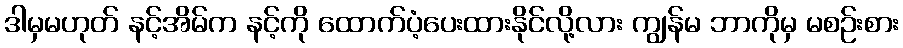
ဒါမှမဟုတ် နင့်အိမ်က နင့်ကို ထောက်ပံ့ပေးထားနိုင်လို့လား ကျွန်မ ဘာကိုမှ မစဉ်းစား